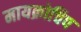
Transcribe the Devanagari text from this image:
मायक्रोचिप